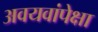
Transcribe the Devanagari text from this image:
अवयवांपेक्षा